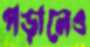
পড়ালেও